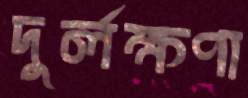
দুর্লক্ষণা